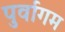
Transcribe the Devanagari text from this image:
पुर्वागम